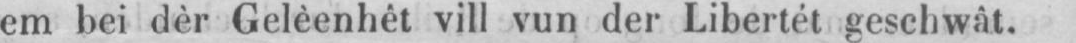
em bei dèr Gelèenhêt vill vun der Libertét geschwât.